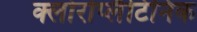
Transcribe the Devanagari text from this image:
क्लोरोप्लैटिनिक